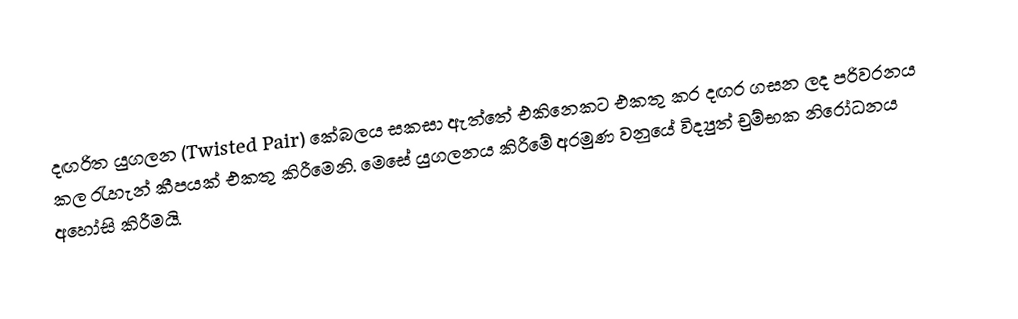
දඟරිත යුගලන (Twisted Pair) කේබලය සකසා ඇත්තේ එකිනෙකට එකතු කර දඟර ගසන ලද පරිවරනය කල ‍රැහැන් කීපයක් එකතු කිරීමෙනි. මෙසේ යුගලනය කිරීමේ අරමුණ වනුයේ විද්‍යුත් චුම්භක නිරෝධනය අහෝසි කිරීමයි.